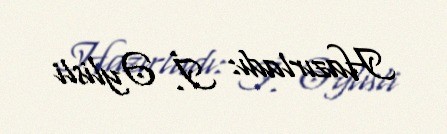
Hazırladı: İ. Əylisli